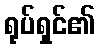
ရုပ်ရှင်၏